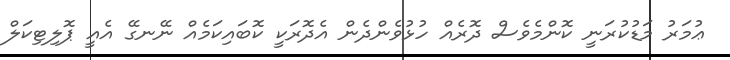
ޢުމަރު މަޑުކުރަނީ ކޮންމެވެސް ދޮރެއް ހުޅުވެންދެން އެދޮރަކީ ކޮބައިކަމެއް ނޭނގޭ އެއީ ޕޮލިޓިކަލް